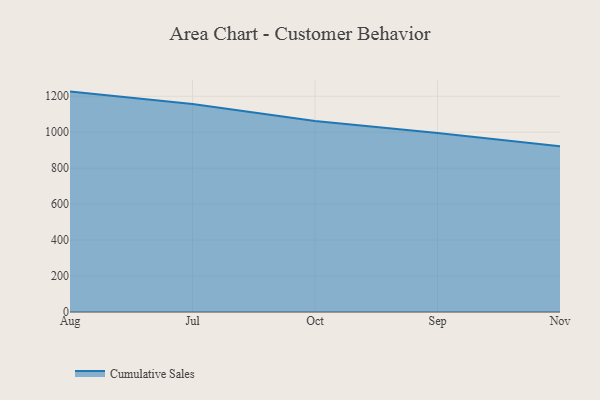
{"axis": {"x": "Month", "y": "Gross Profit (USD K)"}, "legend": ["Cumulative Sales"], "data": [{"x": "Aug", "y": 1225.7, "type": "Cumulative Sales"}, {"x": "Jul", "y": 1157.1, "type": "Cumulative Sales"}, {"x": "Oct", "y": 1062.6, "type": "Cumulative Sales"}, {"x": "Sep", "y": 995.1, "type": "Cumulative Sales"}, {"x": "Nov", "y": 922.3, "type": "Cumulative Sales"}]}